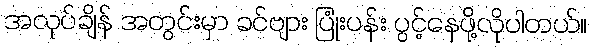
အလုပ်ချိန် အတွင်းမှာ ခင်ဗျား ပြုံးပန်း ပွင့်နေဖို့လိုပါတယ်။